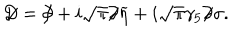
LaTeX: D \! \! \! / = \partial \! \! \! / + i \sqrt { \pi } \partial \! \! \! / \widetilde \eta + i \sqrt \pi \gamma _ { 5 } \partial \! \! \! / \sigma .